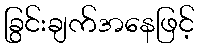
ခြွင်းချက်အနေဖြင့်